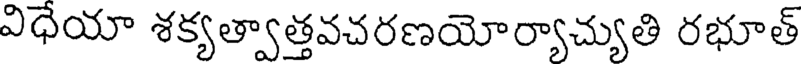
విధేయా శక్యత్వాత్తవచరణయోర్యాచ్యుతి రభూత్